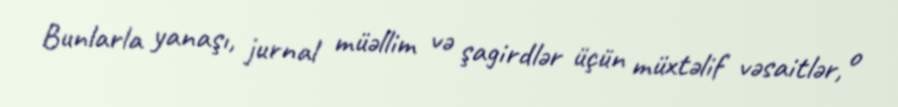
Bunlarla yanaşı, jurnal müəllim və şagirdlər üçün müxtəlif vəsaitlər, o